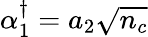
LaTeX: \alpha_{1}^{\dagger}=a_{2}\sqrt{n_{c}}